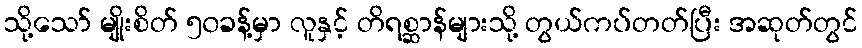
သို့သော် မျိုးစိတ် ၅၀ခန့်မှာ လူနှင့် တိရစ္ဆာန်များသို့ တွယ်ကပ်တတ်ပြီး အဆုတ်တွင်